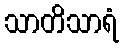
သာတိသာရံ